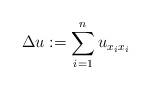
LaTeX: \begin{align*}\Delta u:=\sum_{i=1}^nu_{x_ix_i} \end{align*}